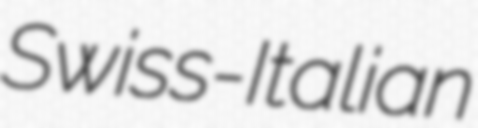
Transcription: Swiss-Italian